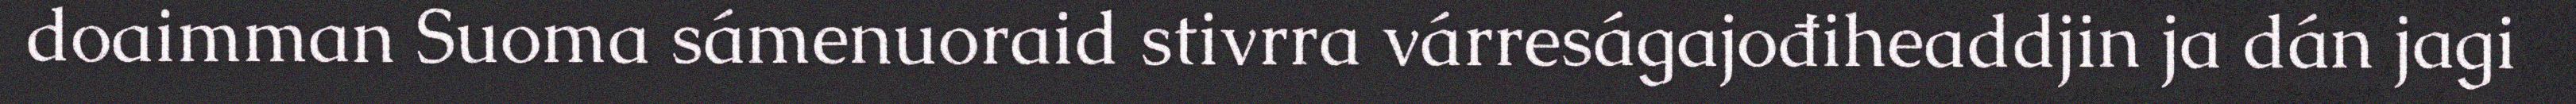
doaimman Suoma sámenuoraid stivrra várreságajođiheaddjin ja dán jagi